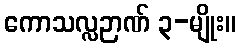
ကောသလ္လဉာဏ် ၃-မျိုး။